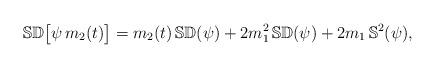
LaTeX: \begin{align*}\mathbb S \mathbb D \big[\psi \,m_2(t)\big] = m_2(t)\,\mathbb S \mathbb D (\psi) + 2 m_1 ^2\,\mathbb S\mathbb D (\psi) + 2 m_1\,\mathbb S^2 (\psi),\end{align*}